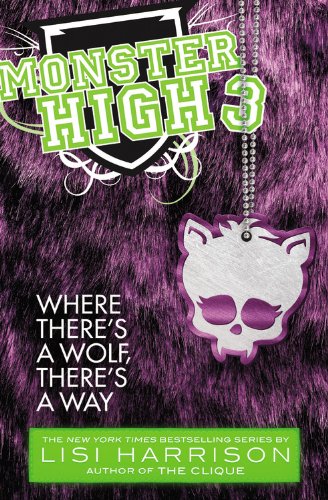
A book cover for Monster High: Where There's a Wolf, There's a Way; Lisi Harrison; Teen & Young Adult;